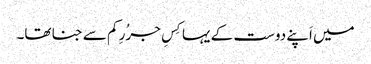
میں اَپنے دوست کے یہا کِسِ جرُرِ کم سے جنا تھا۔